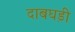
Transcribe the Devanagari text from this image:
दाबघड़ी